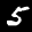
Label: 5